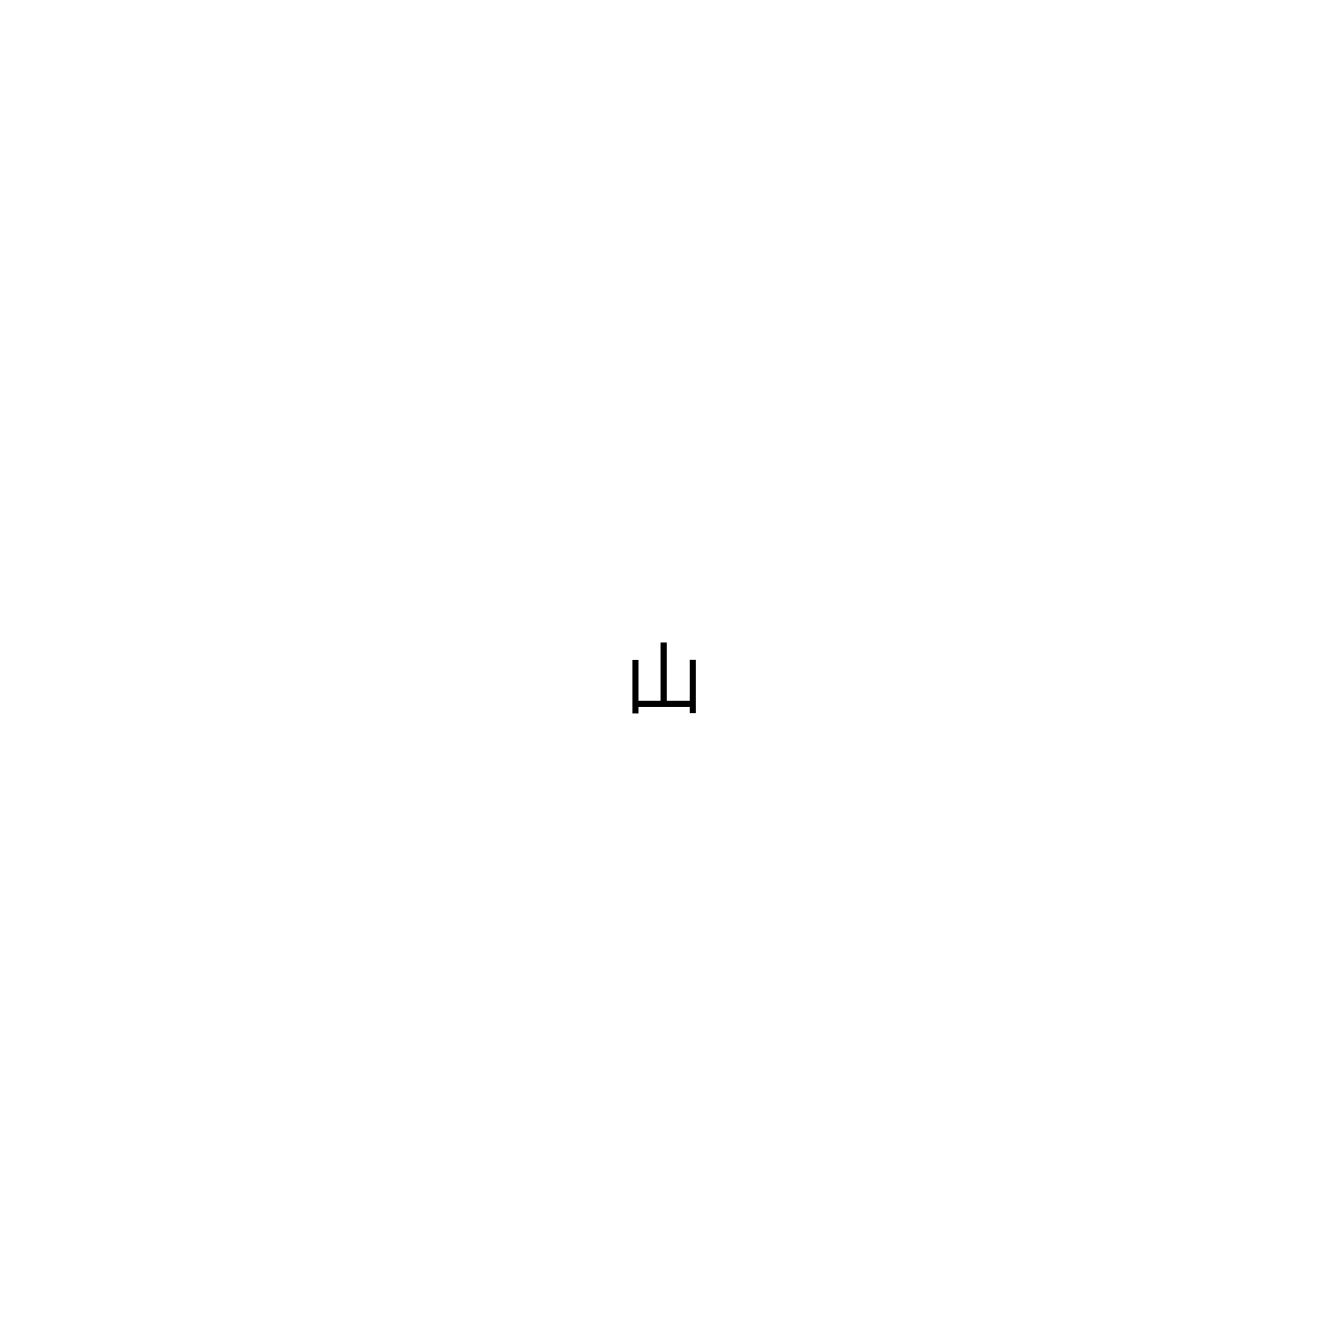
山